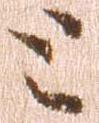
と